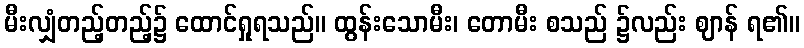
မီးလျှံတည့်တည့်၌ ထောင်ရှုရသည်။ ထွန်းသောမီး၊ တောမီး စသည် ၌လည်း ဈာန် ရ၏။